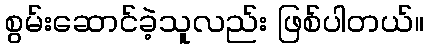
စွမ်းဆောင်ခဲ့သူလည်း ဖြစ်ပါတယ်။